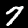
Label: 7